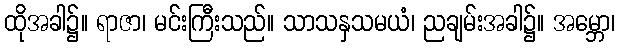
ထိုအခါ၌။ ရာဇာ၊ မင်းကြီးသည်။ သာသနှသမယံ၊ ညချမ်းအခါ၌။ အမ္ဘော၊